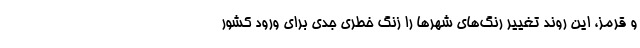
و قرمز، این روند تغییر رنگ‌های شهرها را زنگ خطری جدی برای ورود کشور